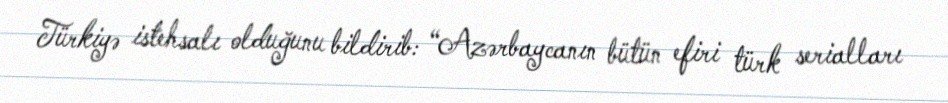
Türkiyə istehsalı olduğunu bildirib: “Azərbaycanın bütün efiri türk serialları